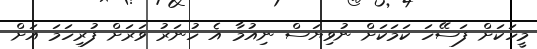
މީހަކަށް ފަސޭހަ ކަމަކަށް ނުވިޔަސް ނިއުމާ އެ ހުނަރު ވަރަށް ފުރިހަމަ އަށް